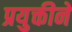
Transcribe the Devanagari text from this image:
प्रयुक्तीने